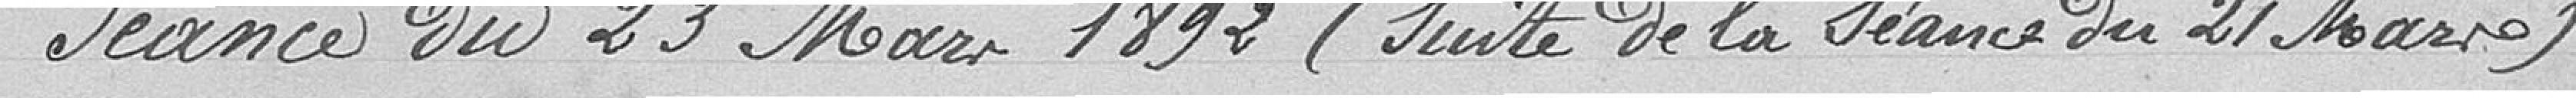
Séance du 23 mars 1892 (suite de la séance du 21 mars)